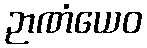
ဉာဏံယေဝ